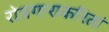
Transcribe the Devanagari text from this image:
रोजगाराकरितां